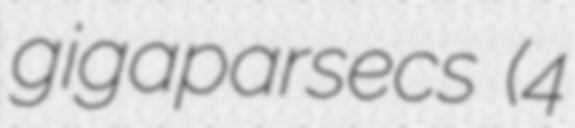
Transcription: gigaparsecs (4